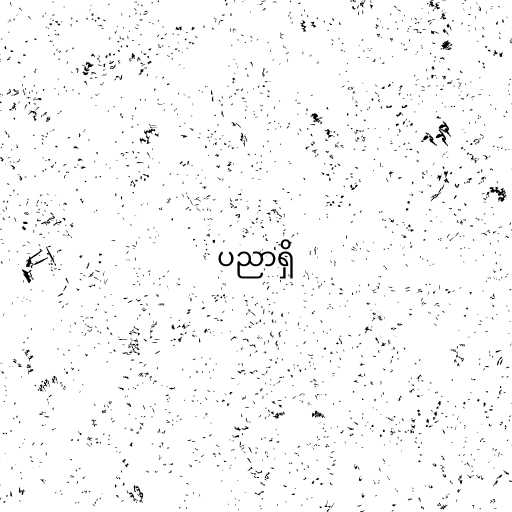
ပညာရှိ